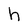
Character: h